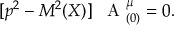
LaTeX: [ p ^ { 2 } - { \cal M } ^ { 2 } ( X ) ] \, \mathrm { \boldmath ~ { \cal ~ A } ~ } _ { ( 0 ) } ^ { \mu } = 0 .